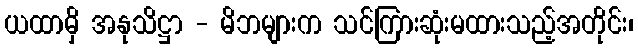
ယထာမှိ အနုသိဋ္ဌာ - မိဘများက သင်ကြားဆုံးမထားသည့်အတိုင်း၊